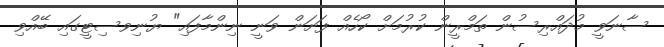
ސާނަވީ މުދައްރިސުން ތަމްރީން ކުރުމަށް ކޯހެއް ފަށަން ވަނީ ނިންމާފައި" ޔުނިވސިޓީގައި ބޭއްވި